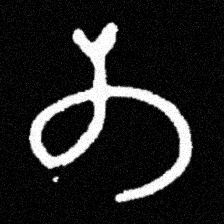
Pyu character \u2014 Myanmar letter: တ (romanized: ta)